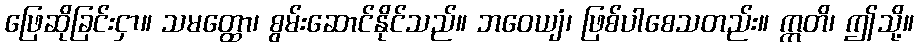
ဖြေဆိုခြင်းငှာ။ သမတ္ထော၊ စွမ်းဆောင်နိုင်သည်။ ဘဝေယျံ၊ ဖြစ်ပါစေသတည်း။ ဣတိ၊ ဤသို့။